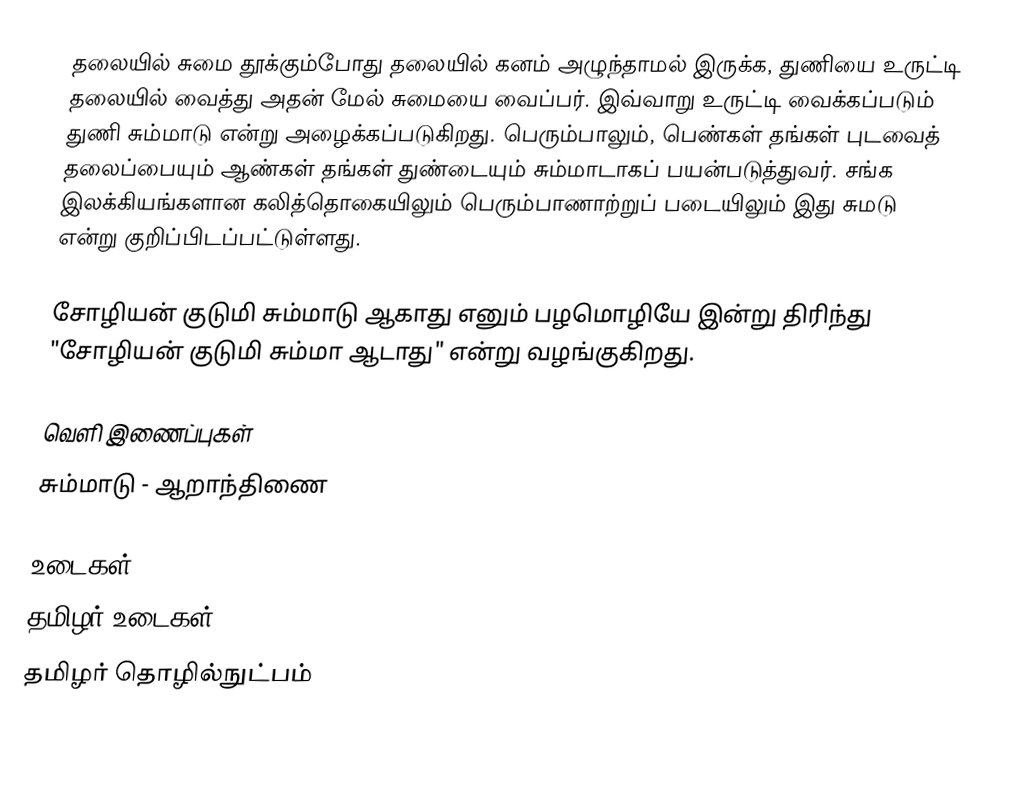
தலையில் சுமை தூக்கும்போது தலையில் கனம் அழுந்தாமல் இருக்க, துணியை உருட்டி தலையில் வைத்து அதன் மேல் சுமையை வைப்பர். இவ்வாறு உருட்டி வைக்கப்படும் துணி சும்மாடு என்று அழைக்கப்படுகிறது. பெரும்பாலும், பெண்கள் தங்கள் புடவைத் தலைப்பையும் ஆண்கள் தங்கள் துண்டையும் சும்மாடாகப் பயன்படுத்துவர். சங்க இலக்கியங்களான கலித்தொகையிலும் பெரும்பாணாற்றுப் படையிலும் இது சுமடு என்று குறிப்பிடப்பட்டுள்ளது.

சோழியன் குடுமி சும்மாடு ஆகாது எனும் பழமொழியே இன்று திரிந்து "சோழியன் குடுமி சும்மா ஆடாது" என்று வழங்குகிறது.

வெளி இணைப்புகள்
 சும்மாடு - ஆறாந்திணை

உடைகள்
தமிழர் உடைகள்
தமிழர் தொழில்நுட்பம்